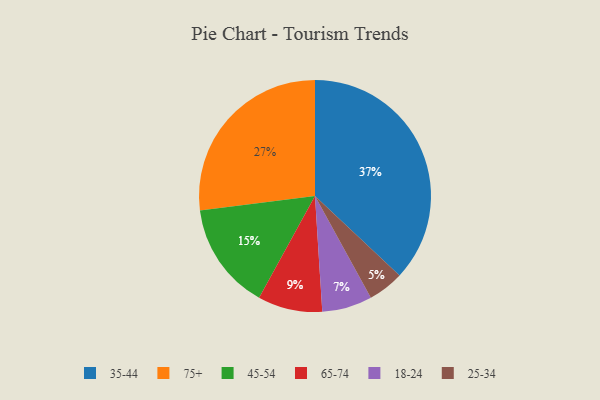
{"axis": {"x": "Category", "y": "Percentage"}, "legend": ["18-24", "25-34", "35-44", "45-54", "65-74", "75+"], "data": [{"x": "25-34", "y": 5, "type": "25-34"}, {"x": "45-54", "y": 15, "type": "45-54"}, {"x": "35-44", "y": 37, "type": "35-44"}, {"x": "75+", "y": 27, "type": "75+"}, {"x": "65-74", "y": 9, "type": "65-74"}, {"x": "18-24", "y": 7, "type": "18-24"}]}